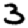
Digit: 3